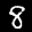
Label: 8